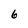
Character: 6